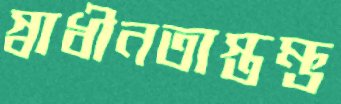
স্বাধীনতাস্তম্ভ